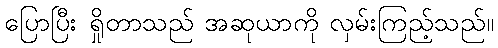
ပြောပြီး ရှိုတာသည် အဆုယာကို လှမ်းကြည့်သည်။